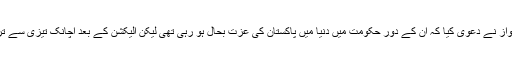
مسلم لیگ (ن) کی نائب صدر مریم نواز نے دعویٰ کیا کہ ان کے دور حکومت میں دنیا میں پاکستان کی عزت بحال ہو رہی تھی لیکن الیکشن کے بعد اچانک تیزی سے ترقی کرتا ملک تنزلی کی طرف آ گیا۔